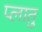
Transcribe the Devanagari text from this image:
प्लातु